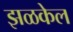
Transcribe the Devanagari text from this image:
झळकेल